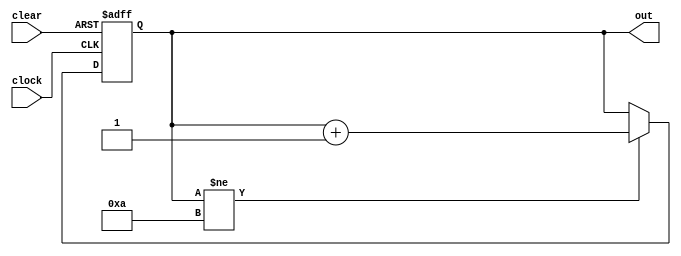
module Counter (out, clock, clear);

    input clock, clear;

    output reg [3:0] out;

    always @ (negedge(clock) or posedge(clear))
    begin
        if(clear == 1'b1)
            out = 4'd0;
        else if (out != 4'd10)
            out = out + 1;
    end

endmodule